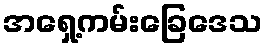
အရှေ့ကမ်းခြေဒေသ